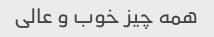
همه چیز خوب و عالی